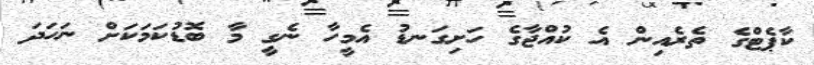
ކާޕެޓްގެ ތެރެއިން އެ ކުއްޖާގެ ހަށިގަނޑު އެމީހާ ނެގީ މާ ބޮޑުކަމަކަށް ނަހަދަ